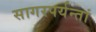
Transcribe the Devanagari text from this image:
सागरपर्यन्तां